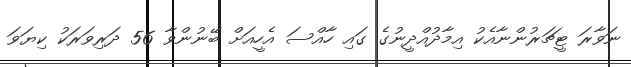
ނަވާރަ ޓީޗަރުންނާއެކު އިމާދުއްދީނުގެ ގައި ހާއްސަ އެހީއަށް ބޭނުންވާ 56 ދަރިވަރަކު ކިޔަވަ